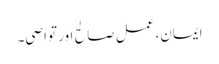
ایمان، عملِ صالح اور تواصی۔